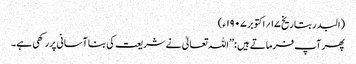
(البدر بتاریخ ۱۷؍اکتوبر ۱۹۰۷ ء)
پھر آپ فرماتے ہیں :’’اللہ تعالیٰ نے شریعت کی بنا آسانی پررکھی ہے۔